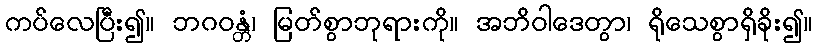
ကပ်လေပြီး၍။ ဘဂဝန္တံ၊ မြတ်စွာဘုရားကို။ အဘိဝါဒေတွာ၊ ရိုသေစွာရှိခိုး၍။